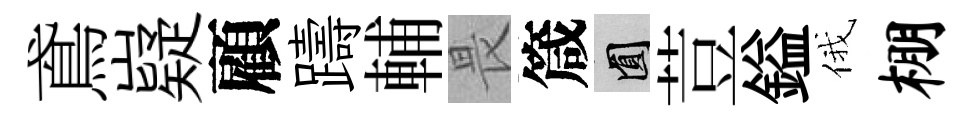
鳶嶷顧躊輔畏箴圓荳鎰俄棚